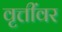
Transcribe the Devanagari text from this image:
वृत्तींवर